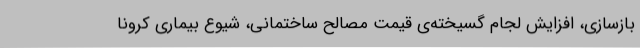
بازسازی، افزایش لجام گسیخته‌ی قیمت مصالح ساختمانی، شیوع بیماری کرونا